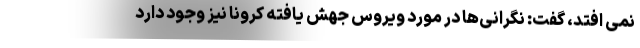
نمی افتد، گفت: نگرانی‌ها در مورد ویروس جهش یافته کرونا نیز وجود دارد